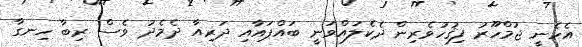
އެހެނީ ޖުމްހޫރު ފިޤުހުވެރިން ދެކެލައްވަނީ ބައްޕައާއި ދަރިއާ ދެމެދު ވެސް ރިބާ ހިނގާ